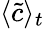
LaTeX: \langle\widetilde{c}\rangle_{t}